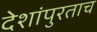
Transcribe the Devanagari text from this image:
देशांपुरताच